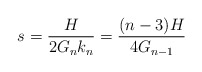
\begin{align*}s=\frac{H}{2G_n k_n}=\frac{(n-3)H}{4G_{n-1}}\end{align*}